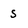
Character: s